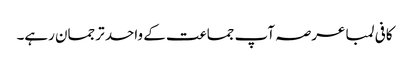
کافی لمبا عرصہ آپ جماعت کے واحد ترجمان رہے۔